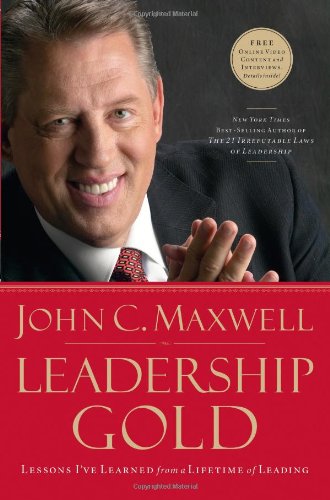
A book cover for Leadership Gold: Lessons I've Learned from a Lifetime of Leading; John C. Maxwell; Christian Books & Bibles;